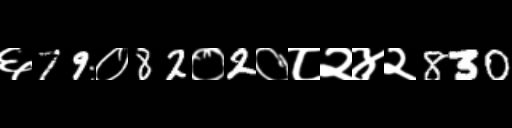
Text: ६79०82०2०८२४२830